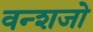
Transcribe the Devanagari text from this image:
वन्शजो